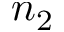
n _ { 2 }